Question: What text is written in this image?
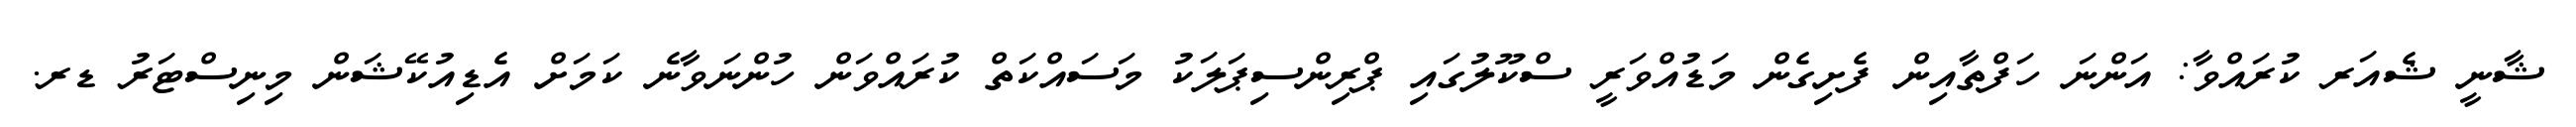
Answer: ޝާނީ ޝެއަރ ކުރައްވާ: އަންނަ ހަފްތާއިން ފެށިގެން މަޑުއްވަރީ ސްކޫލުގައި ޕްރިންސިޕަލަކު މަސައްކަތް ކުރައްވަން ހުންނަވާނެ ކަމަށް އެޑިއުކޭޝަން މިނިސްޓަރު ޑރ.